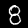
Digit: 8